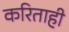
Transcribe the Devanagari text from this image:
करिताही